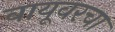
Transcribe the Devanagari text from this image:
वायूवरचा